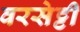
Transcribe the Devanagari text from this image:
वरसेट्टी